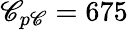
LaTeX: \mathscr{C}_{p\mathrm{{\mathscr{C}}}}=675